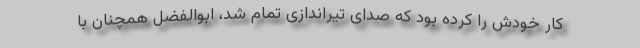
کار خودش را کرده بود که صدای تیراندازی تمام شد، ابوالفضل همچنان با